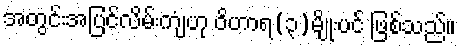
အတွင်းအပြင်လိမ်းကျံဟု ဝိဟာရ(၃)မျိုးပင် ဖြစ်သည်။